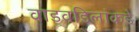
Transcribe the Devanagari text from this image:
वाडवडिलांकडे